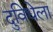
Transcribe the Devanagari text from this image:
दुविधेला